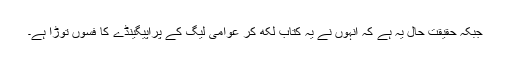
جبکہ حقیقت حال یہ ہے کہ انہوں نے یہ کتاب لکھ کر عوامی لیگ کے پراپیگینڈے کا فسوں توڑا ہے۔